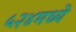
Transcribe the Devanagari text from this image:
५२४मध्ये